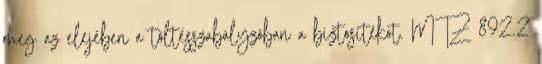
meg az elejében a töltésszabàlyzóban a biztosítékot. MTZ 892.2